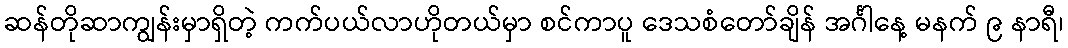
ဆန်တိုဆာကျွန်းမှာရှိတဲ့ ကက်ပယ်လာဟိုတယ်မှာ စင်ကာပူ ဒေသစံတော်ချိန် အင်္ဂါနေ့ မနက် ၉ နာရီ၊